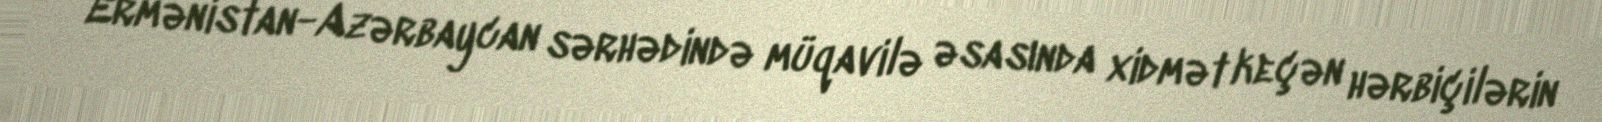
Ermənistan-Azərbaycan sərhədində müqavilə əsasında xidmət keçən hərbiçilərin